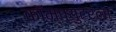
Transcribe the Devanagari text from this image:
कॉम्प्युटरला